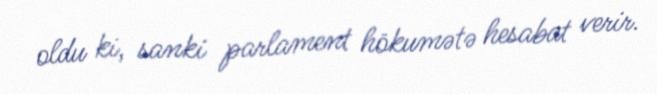
oldu ki, sanki parlament hökumətə hesabat verir.